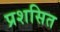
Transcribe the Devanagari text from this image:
प्रशसित